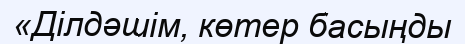
«Ділдәшім, көтер басыңды